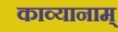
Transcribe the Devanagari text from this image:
काव्यानाम्